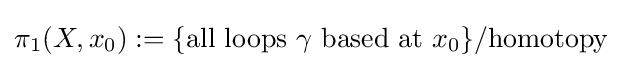
\pi _{1}(X,x_{0}):=\{{\text{all loops }}\gamma {\text{ based at }}x_{0}\}/{\text{homotopy}}